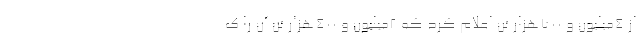
از ۴میلیون و ۷۰۰هزار تن اعلام کرد که ۲میلیون و ۴۰۰هزار تن آن را ک